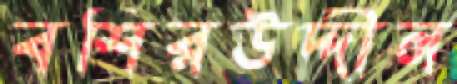
বশিরউদ্দীন